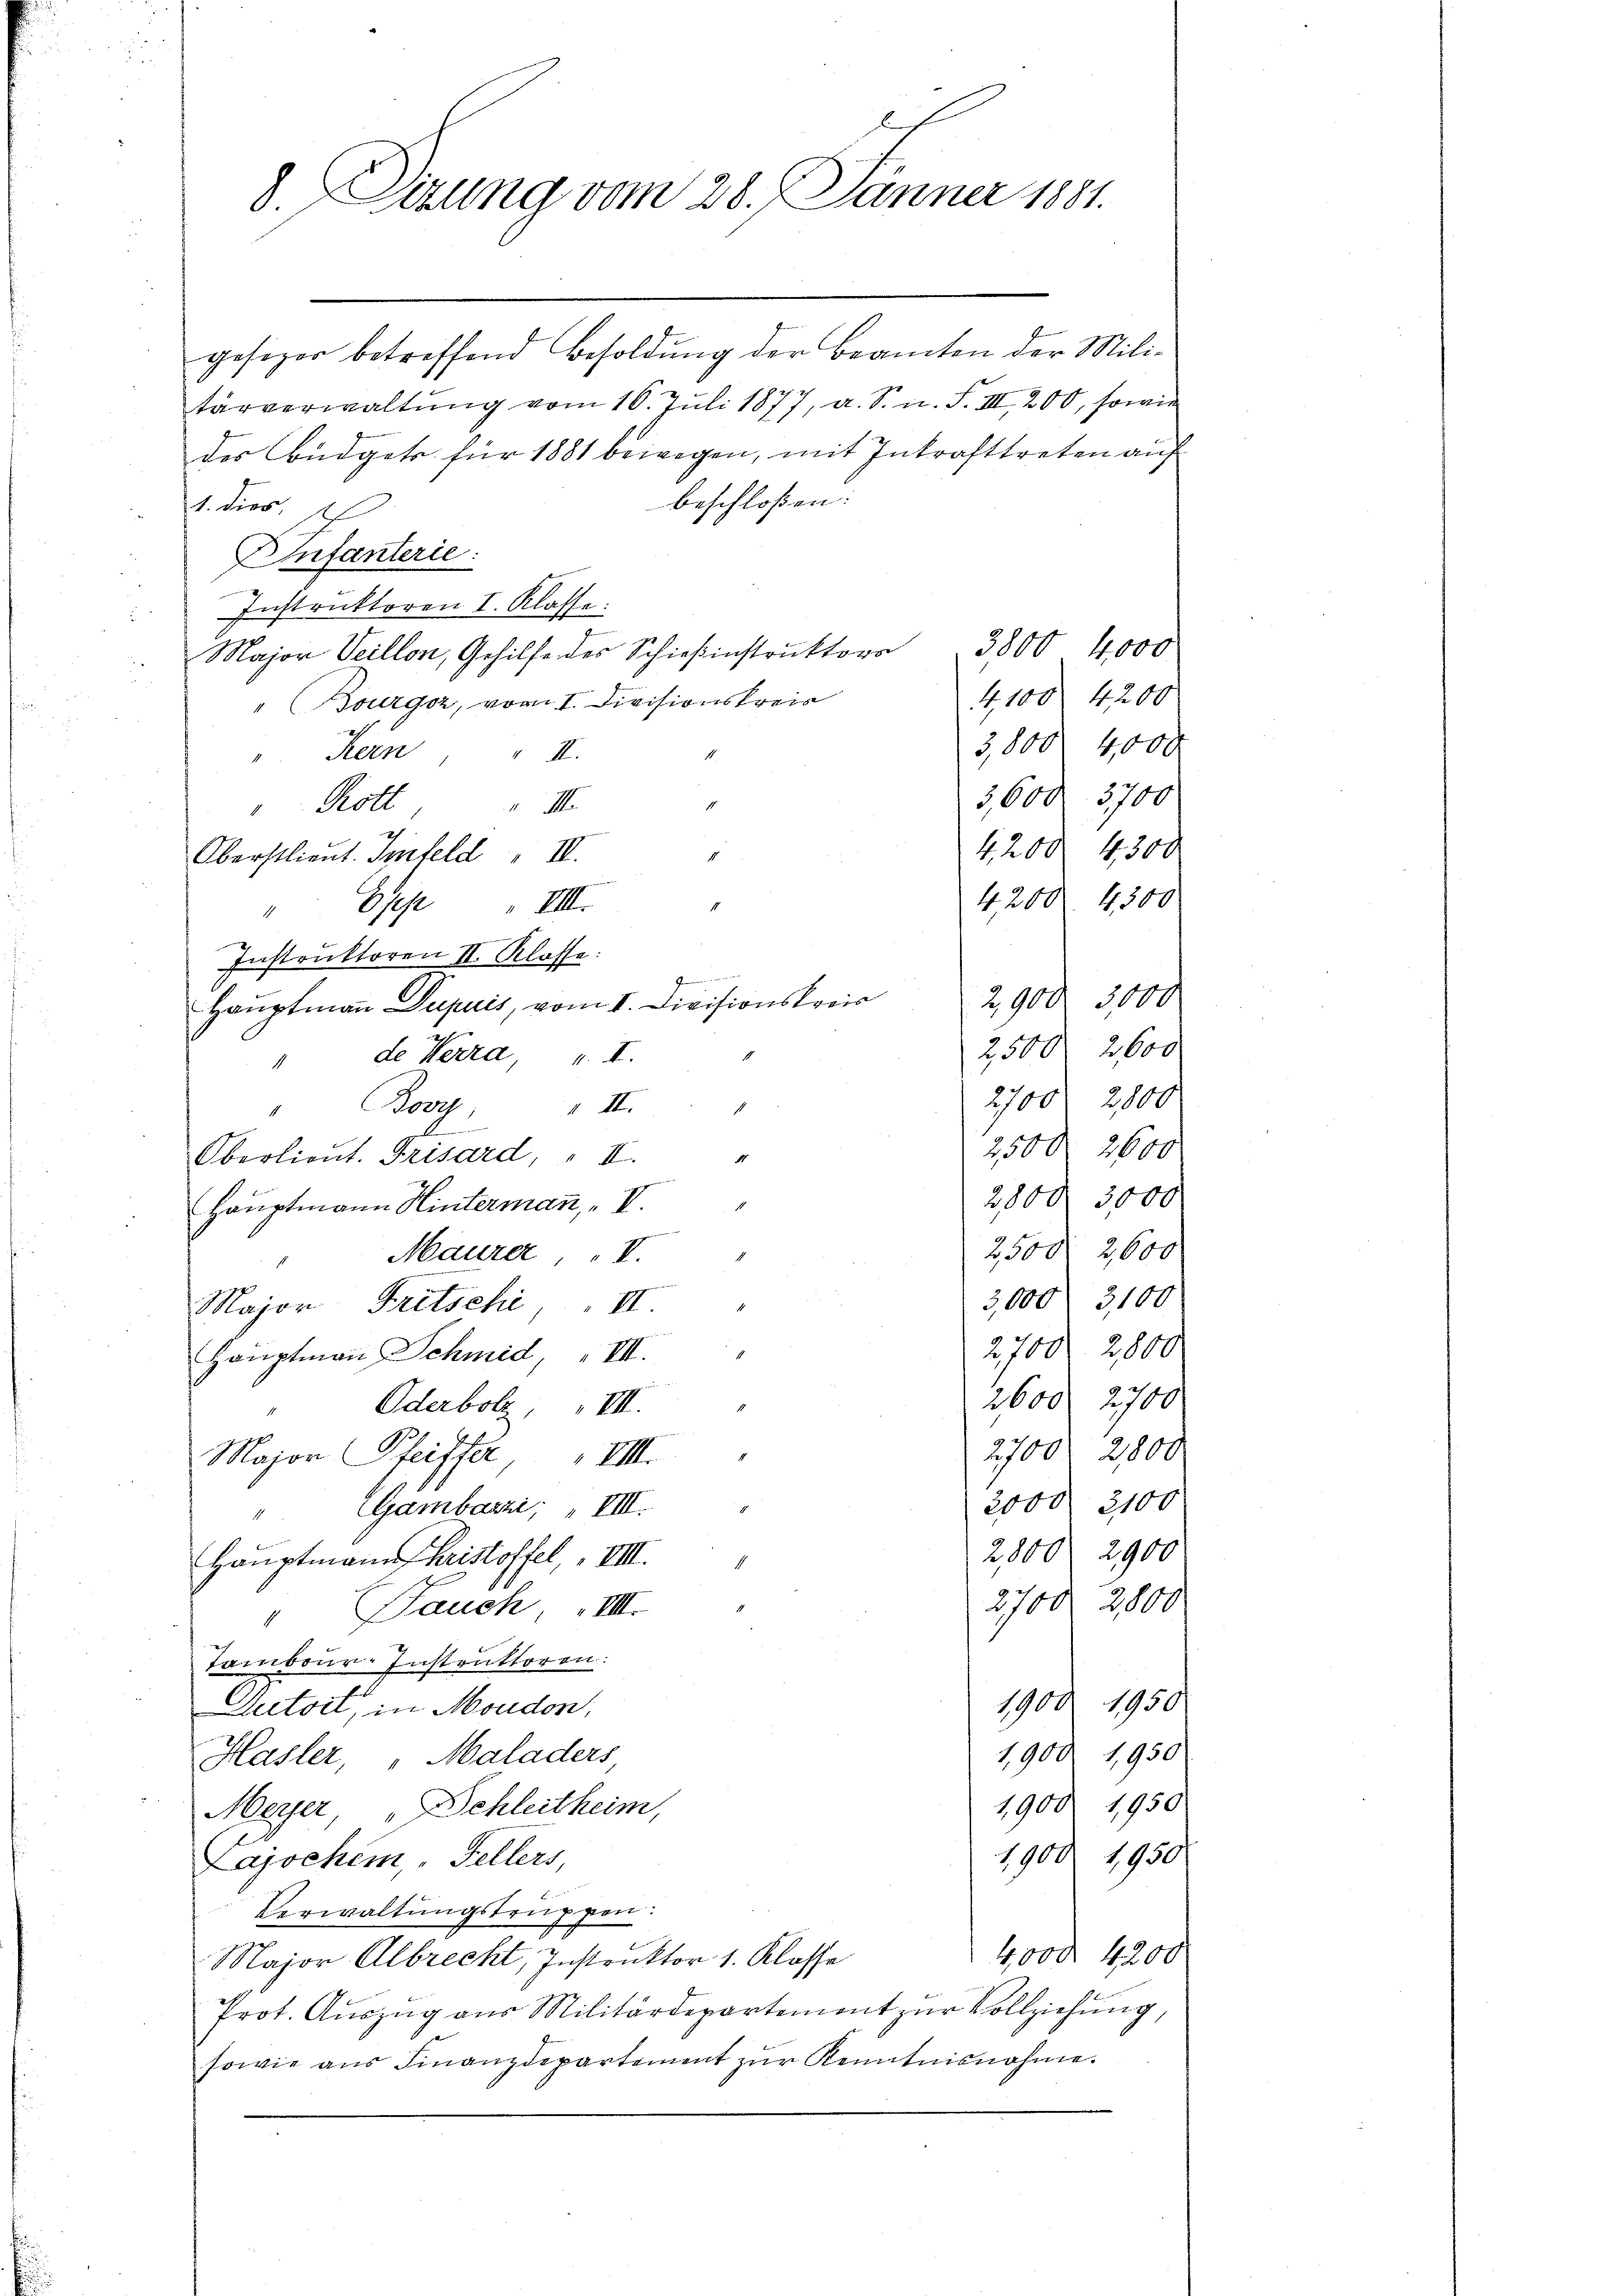
8 Sizung vom 28. Jänner 1881.

gesizer betreffend Besoldŭng der Beamten der Mili-
tärverwaltŭng vom 16. Juli 1877, a. S. n. F. III, 200, sowie
des Budgetr. für 1881 bewegen, mit Inkrafttreten auf
beschloßen:
1. dies,
Infanterie:
Instruktoren I. Klasse:
3800 4,000
Major Veillon, Gehilfe des Schießinstruktors
4,100 4200
Bourgoz, vom I. Divisionskreis
3,800 4,000
Kern, " II.
3,600. 3700
Rott
 M.
4,200. 4300
Oberstlieut. Infeld  II.
4200. 4300
Gese
VIII.
1
Instruktoren II. Klasse:
Gemeinen
2,900. 3000
Hauptmaṅ Dupuis, vom I. Divisionskreis
2,500. 2600
de Werra,
1. I.
2700. 2800
Porr
 III.
.
1
.
2500 2600
Oberlieut. Grisard,
II.
1
2800 3000
Hauptmann Hintermann, " V.
2,500 2600
Maurer, V.
3,000 f 3100
2
Major Fritschi, " II.
2,700. 2800.
.
Hauptmann Schmid, VIII.
2600. 2700
Oderbolz, „VII.
2700 f 2800
Major Pfeiffer, VIII.
2000. 3100
Gambazzi, " VIII.
11
2,800 2900
Hauptmann Christoffel, VIII.
2700. 2800
" Jauch „VIII.
Tambour-Instruttoren.
1900. 1950
Dutoit, in Moudon,
1,900 1,950
Hasler, " Maladers
1900. 1950
Meyer „Schleitheim,
1900. 1950
Lajschem, „Fellers,
Verwaltungstruppen:
4000. 4200
Major Albrecht, Instruktor 1. Klasse
Prot. Auszug aus Militärdepartement zur Vollziehung,
sowie aus Finanzdepartement zŭr Kenntnisnahme.